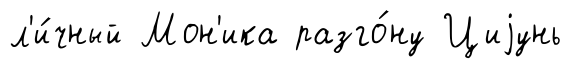
л'и́чный Мон'ика разго́ну Циjунь